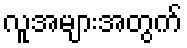
လူအများအတွက်